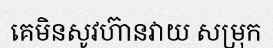
គេមិនសូវហ៊ានវាយ សម្រុក